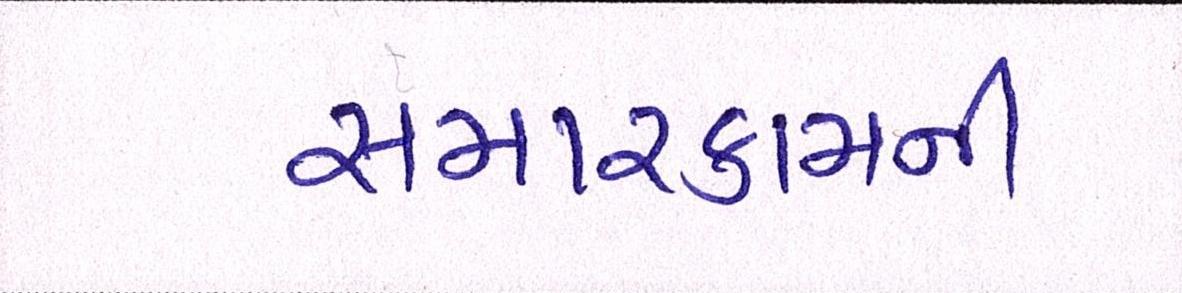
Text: સમારકામની